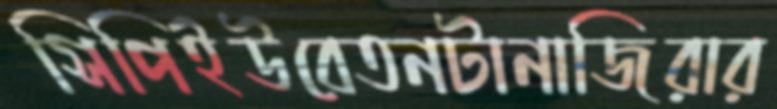
সিপিইউবেতনটানাজিরার